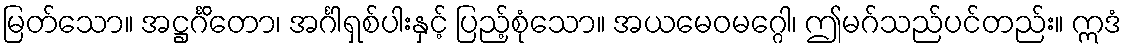
မြတ်သော။ အဋ္ဌင်္ဂိတော၊ အင်္ဂါရှစ်ပါးနှင့် ပြည့်စုံသော။ အယမေဝမဂ္ဂေါ၊ ဤမဂ်သည်ပင်တည်း။ ဣဒံ